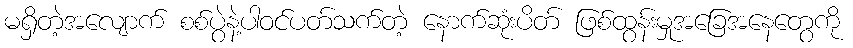
မရှိတဲ့အလျောက် စစ်ပွဲနဲ့ပါဝင်ပတ်သက်တဲ့ နောက်ဆုံးပိတ် ဖြစ်ထွန်းမှုအခြေအနေတွေကို